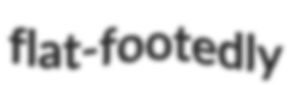
flat-footedly